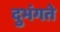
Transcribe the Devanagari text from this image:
दुभंगते